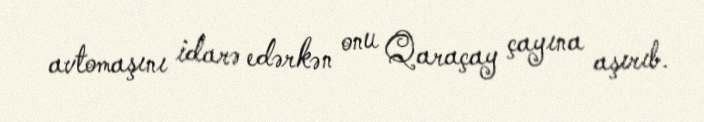
avtomaşını idarə edərkən onu Qaraçay çayına aşırıb.